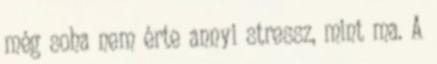
még soha nem érte annyi stressz, mint ma. A